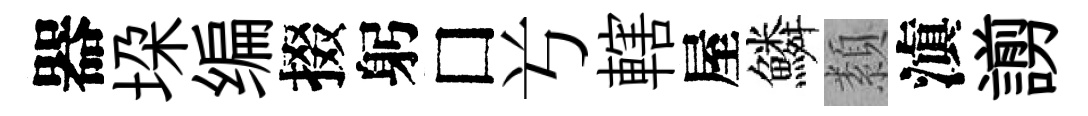
器垜编掇躬□𠔃轄屋鱗纇滇謭